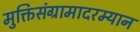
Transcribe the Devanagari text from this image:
मुक्तिसंग्रामादरम्यान